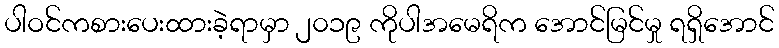
ပါဝင်ကစားပေးထားခဲ့ရာမှာ ၂၀၁၉ ကိုပါအမေရိက အောင်မြင်မှု ရရှိအောင်